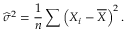
{ \widehat { \sigma } } ^ { 2 } = { \frac { 1 } { n } } \sum \left( X _ { i } - { \overline { { X } } } \right) ^ { 2 } .